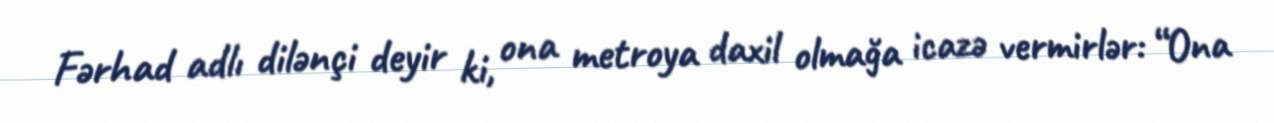
Fərhad adlı dilənçi deyir ki, ona metroya daxil olmağa icazə vermirlər: “Ona